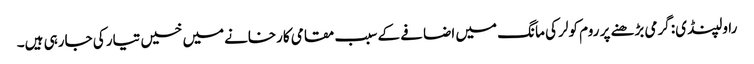
راولپنڈی: گرمی بڑھنے پر روم کولر کی مانگ میں اضافے کے سبب مقامی کارخانےمیں خسیں تیار کی جارہی ہیں۔